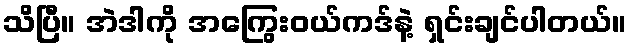
သိပြီ။ အဲဒါကို အကြွေးဝယ်ကဒ်နဲ့ ရှင်းချင်ပါတယ်။